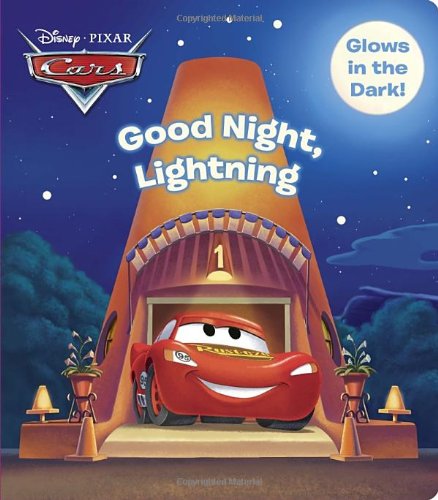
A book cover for Good Night, Lightning (Disney/Pixar Cars) (Glow-in-the-Dark Board Book); RH Disney; Children's Books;